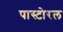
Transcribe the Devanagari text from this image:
पास्टोरल